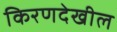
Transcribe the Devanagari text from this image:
किरणदेखील